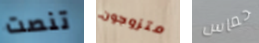
تنصت متزوجون حماس